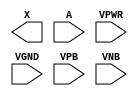
module sky130_fd_sc_lp__dlygate4s15 (
    X   ,
    A   ,
    VPWR,
    VGND,
    VPB ,
    VNB
);

    output X   ;
    input  A   ;
    input  VPWR;
    input  VGND;
    input  VPB ;
    input  VNB ;
endmodule